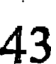
43